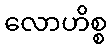
လောဟိစ္စ